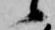
候